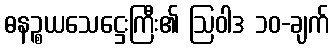
ဓနဉ္စယသေဋ္ဌေးကြီး၏ ဩဝါဒ ၁၀-ချက်